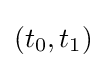
(t_{0},t_{1})